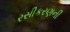
રસીકરણની